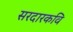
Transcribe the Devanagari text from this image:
सरदारकवि